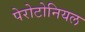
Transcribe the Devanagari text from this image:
पेरोटोनियल